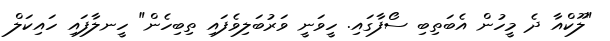
"ލޫކްއާ ދެ މީހުން އެބަތިބި ސޯފާގައި. ހީވަނީ ވަރުބަލިވެފައި ތިބިހެން" ހީނލާފައި ހައިކަލް